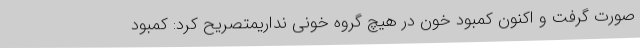
صورت گرفت و اکنون کمبود خون در هیچ گروه خونی نداریمتصریح کرد: کمبود